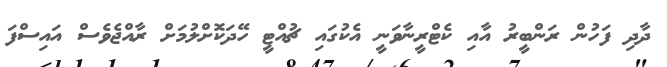
ދާދި ފަހުން ރަންބީރު އާއި ކެޓްރީނާވަނީ އެކުގައި ޗުއްޓީ ހޭދަކޮށްލުމަށް ރާއްޖެވެސް އައިސްފަ